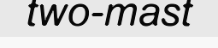
two-mast